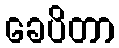
ခေပိတာ